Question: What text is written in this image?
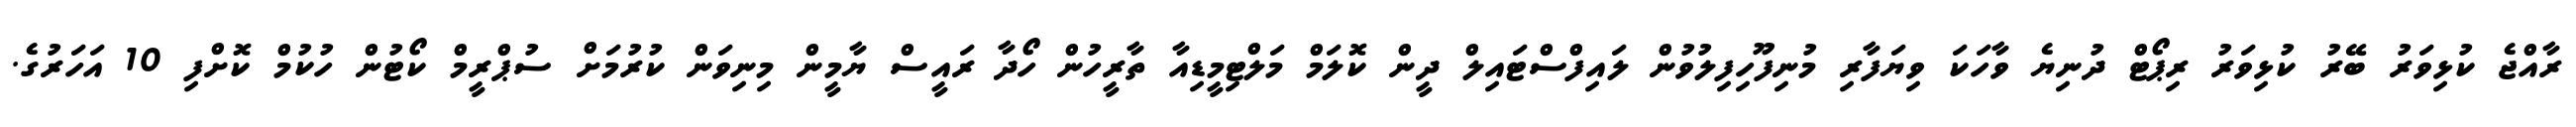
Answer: ރާއްޖެ ކުޅިވަރު ބޭރު ކުޅިވަރު ރިޕޯޓް ދުނިޔެ ވާހަކަ ވިޔަފާރި މުނިފޫހިފިލުވުން ލައިފްސްޓައިލް ދީން ކޮލަމް މަލްޓިމީޑިއާ ތާރީހުން ހޯދާ ރައީސް ޔާމީން މިނިވަން ކުރުމަށް ސުޕްރީމް ކޯޓުން ހުކުމް ކޮށްފި 10 އަހަރުގެ.